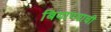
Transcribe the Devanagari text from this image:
बियाण्याची